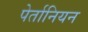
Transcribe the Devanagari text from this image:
पेर्तानियन